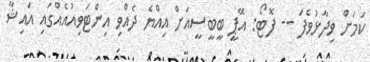
ކަމަށް ވިދާޅުވެފަ -- ފޮޓޯ: އޭޕީ ބީބީސީއަށް އިއްޔެ ދެއްވި އިންޓަވިއުއެއްގައި އައިޝާ